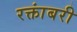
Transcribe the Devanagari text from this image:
रक्तांबरी